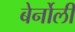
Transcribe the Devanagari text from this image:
बेर्नोली